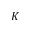
K